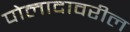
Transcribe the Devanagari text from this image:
पोलादावरील